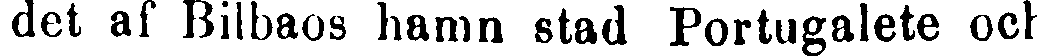
det af Bilbaos hamn stad Portugalete och